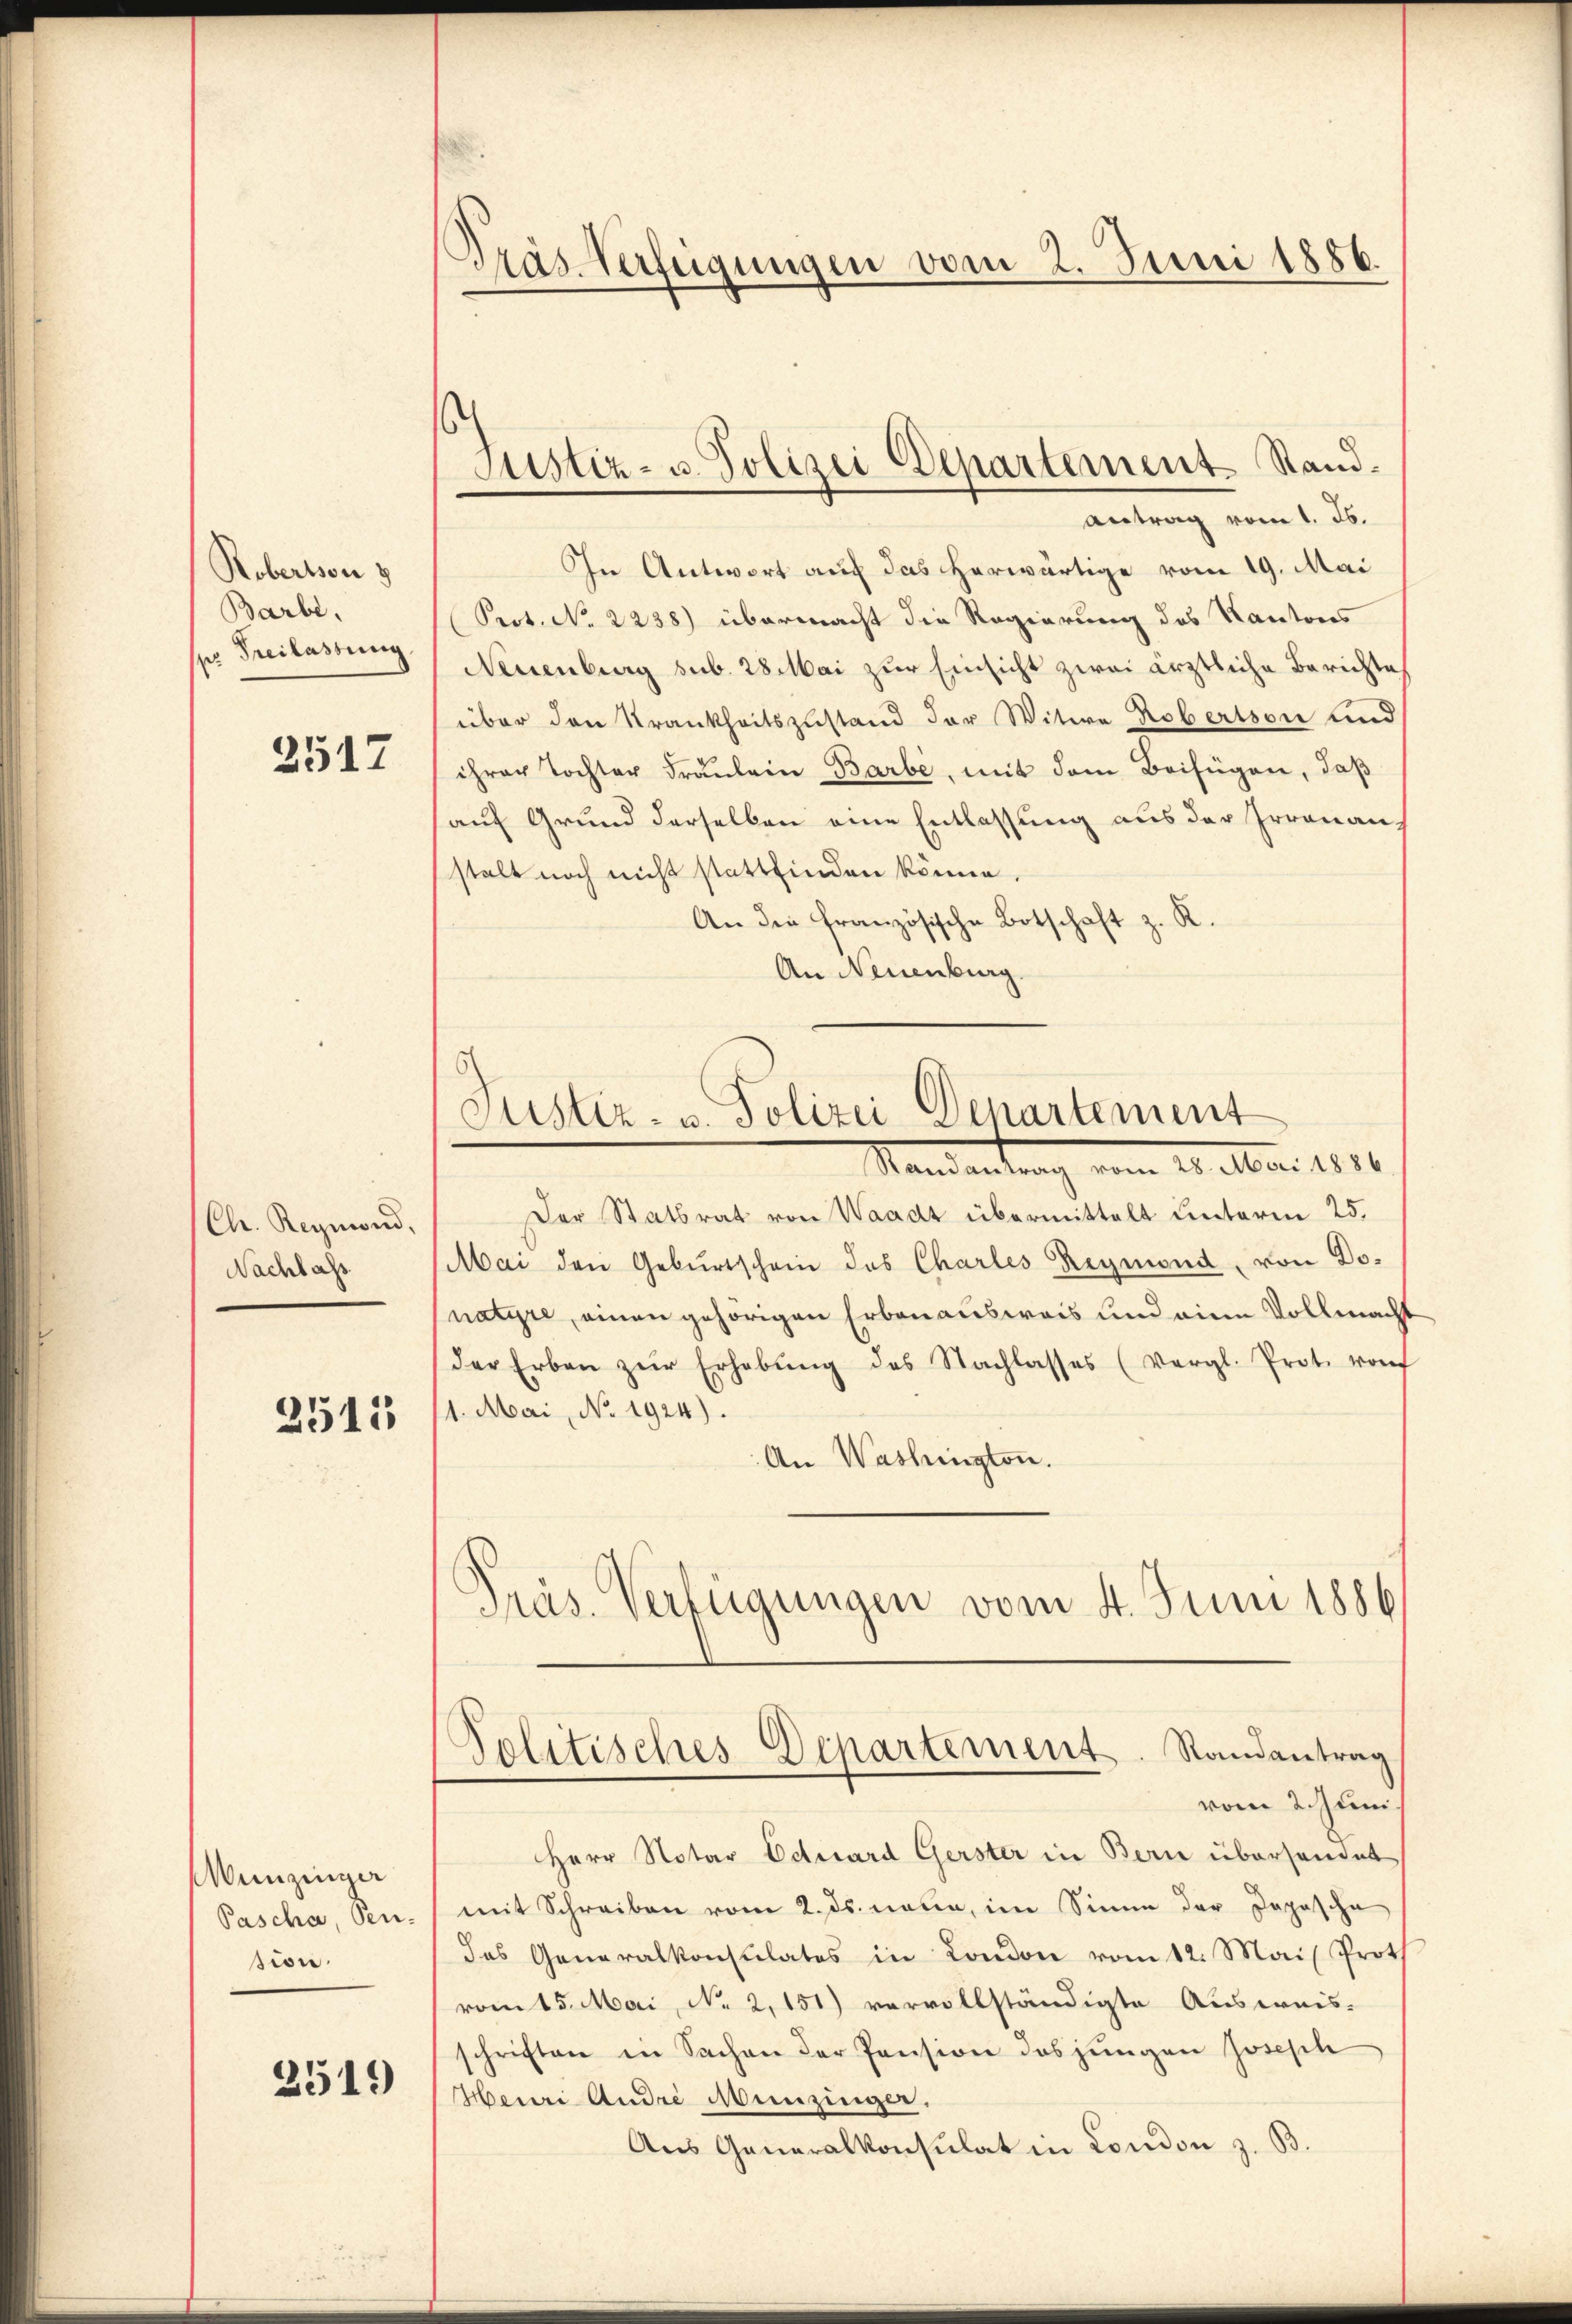
Robertson 5
Barbe,
po Freilassung.

2517

(Ch. Reymond.
Nachlass

2515

Wunzinger
Pascha, Pen-
sion.
2519

Tras Verfügungen vom 2. Juni 1886.

Justiz- u. Polizei Departement Stand.

Antrag vom 1. Js.
In Antwort auf das herwärtige vom 19. Mai
Srot. No 2238) übermacht die Regierung des Kantons
Neuenburg sub. 28 Mai zur Einsicht zwei ärztliche Berichte
über den Krankheitszustand der Witwe Robertson und
ihrer Tochter Fräŭlein Barbe, mit dem Beifügen, daß
auf Grund derselben eine Entlassung aus der Irrenanstalt noch nicht stattfinden könne.
An die französische Botschaft z. R.
An Neuenburg.

Justiz- u. Polizei Departement
Stand antrag vom 20. Mai 1831.

Politisches Departement. Randantrag
vom 2. Juni.

Der Statsrat von Waadt übermittelt unterm 25.
Mai den Geburtschein des Charles Reymond, von Donatyre, einen gehörigen Erbenausweis und eine Vollmacht
der Erben zŭr Erhebŭng des Nachlasses (Vergl. Prot. von
11. Mai, No. 1924).
An Washington.
Präs. Verfügungen vom 4. Juni 1886

Herr Notar Eduard Gerster in Bern überhandet
mit Schreiben vom 2. ds. neun, im Sinne der Japasche
das Generalkonsulatos in London vom 12. Mai Proth
vom 15. Mai, No 2,151) vervollständigte Ausweis-
schriften in Sachen der Pension das jungen Joseph
Heui Andre Munzinger.
Aus Generalkonsulat in London z. B.